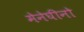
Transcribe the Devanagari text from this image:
मेनेघीनो